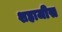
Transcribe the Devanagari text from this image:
शहाजीस